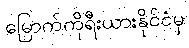
မြောက်ကိုရီးယားနိုင်ငံမှ